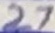
Text: 27